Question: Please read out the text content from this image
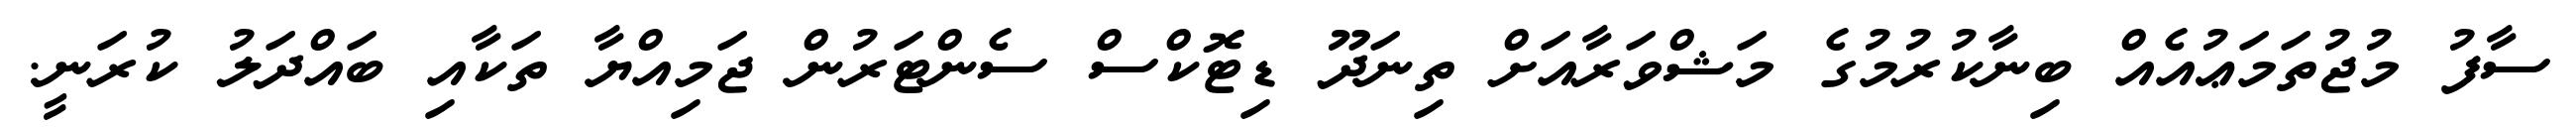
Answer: ސާފު މުޖުތަމަޢުއެއް ބިނާކުރުމުގެ މަޝްވަރާއަށް ތިނަދޫ ޑިޓޮކްސް ސެންޓަރުން ޖަމިއްޔާ ތަކާއި ބައްދަލު ކުރަނީ.